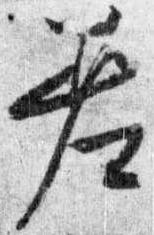
差